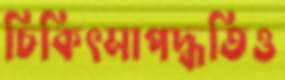
চিকিৎসাপদ্ধতিও